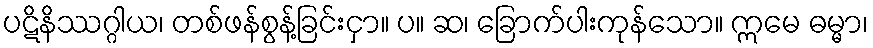
ပဋိနိဿဂ္ဂါယ၊ တစ်ဖန်စွန့်ခြင်းငှာ။ ပ။ ဆ၊ ခြောက်ပါးကုန်သော။ ဣမေ ဓမ္မာ၊